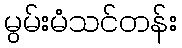
မွမ်းမံသင်တန်း